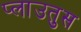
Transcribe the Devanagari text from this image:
प्लाउतुस